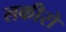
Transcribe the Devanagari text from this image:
लकीरो